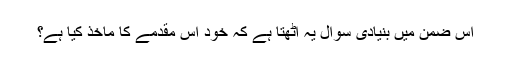
اس ضمن میں بنیادی سوال یہ اٹھتا ہے کہ خود اس مقدمے کا ماخذ کیا ہے؟